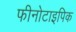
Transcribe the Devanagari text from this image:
फीनोटाइपिक